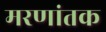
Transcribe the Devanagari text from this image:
मरणांतक